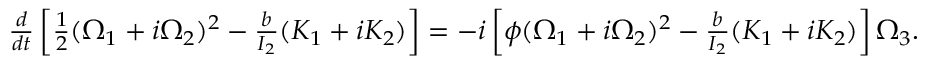
\begin{array} { r } { \frac { d } { d t } \left[ \frac 1 2 ( \Omega _ { 1 } + i \Omega _ { 2 } ) ^ { 2 } - \frac { b } { I _ { 2 } } ( K _ { 1 } + i K _ { 2 } ) \right] = - i \left[ \phi ( \Omega _ { 1 } + i \Omega _ { 2 } ) ^ { 2 } - \frac { b } { I _ { 2 } } ( K _ { 1 } + i K _ { 2 } ) \right] \Omega _ { 3 } . } \end{array}